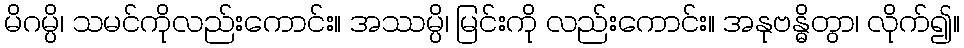
မိဂမ္ပိ၊ သမင်ကိုလည်းကောင်း။ အဿမ္ပိ၊ မြင်းကို လည်းကောင်း။ အနုဗန္ဓိတွာ၊ လိုက်၍။